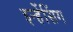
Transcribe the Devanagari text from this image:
इन्हेंसिंग